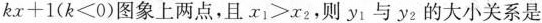
k.x+1(k≤0)图象上两点，且_{x1} ≥_{xz} ，则_{y1} 与_{y2} 的大小关系是